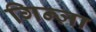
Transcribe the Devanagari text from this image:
गिन्ज़ा